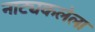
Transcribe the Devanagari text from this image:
नाट्यकलेला